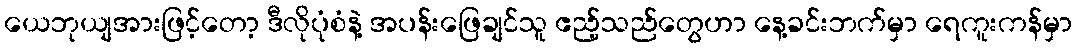
ယေဘုယျအားဖြင့်တော့ ဒီလိုပုံစံနဲ့ အပန်းဖြေချင်သူ ဧည့်သည်တွေဟာ နေ့ခင်းဘက်မှာ ရေကူးကန်မှာ